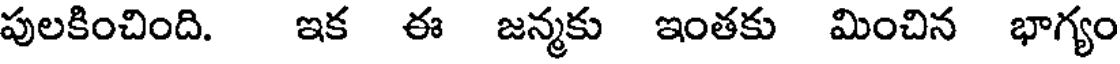
పులకించింది. ఇక ఈ జన్మకు ఇంతకు మించిన భాగ్యం